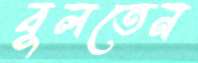
বুলতেন